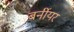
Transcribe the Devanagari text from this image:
बर्नीयर